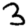
Digit: 3